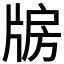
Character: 𤗐